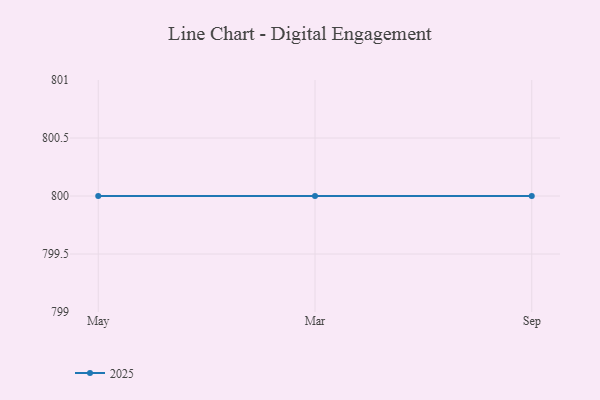
{"axis": {"x": "Month", "y": "Energy Usage (MWh)"}, "legend": ["2025"], "data": [{"x": "May", "y": 800, "type": "2025"}, {"x": "Mar", "y": 800, "type": "2025"}, {"x": "Sep", "y": 800, "type": "2025"}]}